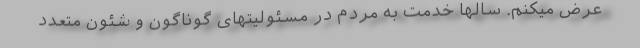
عرض میکنم. سالها خدمت به مردم در مسئولیتهای گوناگون و شئون متعدد